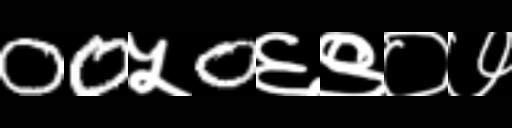
Text: 00५0६९०७